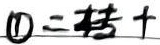
\textcircled{1}二转十